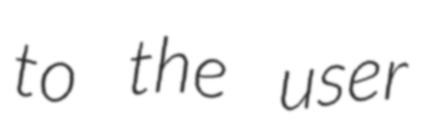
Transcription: to the user